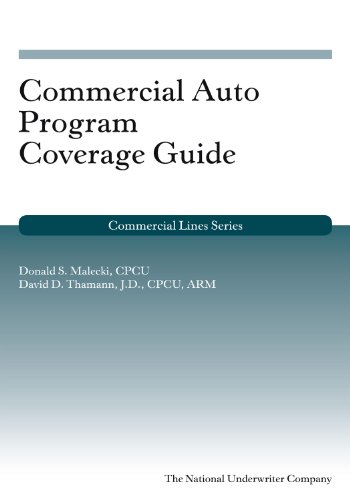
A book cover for Commercial Auto Program Coverage Guide (Commercial Lines); Donald S. Malecki; Business & Money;